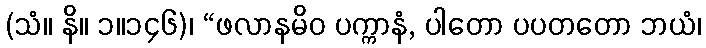
(သံ။ နိ။ ၁။၁၄၆)၊ “ဖလာနမိဝ ပက္ကာနံ, ပါတော ပပတတော ဘယံ၊